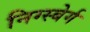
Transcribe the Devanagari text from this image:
निग्स्बेर्ग